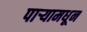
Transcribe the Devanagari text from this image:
पाऱ्यामधून